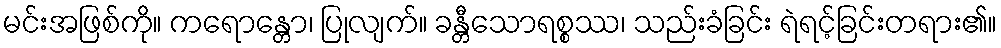
မင်းအဖြစ်ကို။ ကရောန္တော၊ ပြုလျက်။ ခန္တီသောရစ္စဿ၊ သည်းခံခြင်း ရဲရင့်ခြင်းတရား၏။